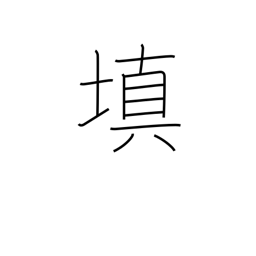
Meaning: fill in